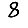
Digit: 8